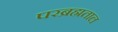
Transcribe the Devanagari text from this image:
परब्रह्मताल